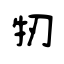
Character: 牣